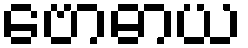
ဗောဓာယ